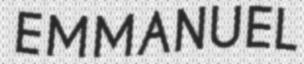
EMMANUEL